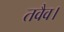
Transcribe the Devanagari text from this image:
तवैव।